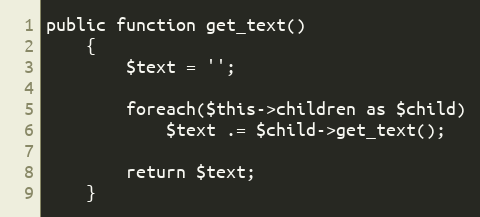
Language: PHP
public function get_text()
	{
		$text = '';

		foreach($this->children as $child)
			$text .= $child->get_text();

		return $text;
	}